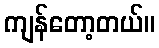
ကျန်တော့တယ်။